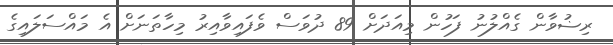
ރިޟުވާން ގެއްލުނު ފަހުން މިއަދަށް 89 ދުވަސް ވެފައިވާއިރު މިހާތަނަށް އެ މައްސަލައިގެ